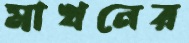
মাখনের